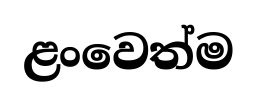
ළංවෙත්ම